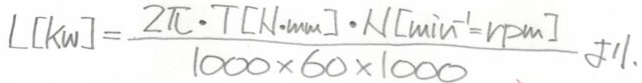
$L[\mathrm{kW}]=\frac{2\pi\cdot T[\mathrm{N}\cdot\mathrm{mm}]\cdot n[\mathrm{min}^{-1}=\mathrm{rpm}]}{1000\times60\times1000}\text{.}$